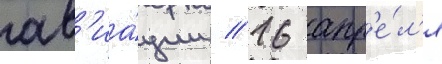
ав'иа́ции // 16 апр'е́л'я